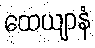
ထေယျာနံ